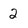
Character: 2